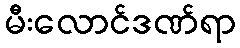
မီးလောင်ဒဏ်ရာ